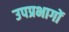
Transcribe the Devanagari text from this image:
उपप्रभागों